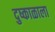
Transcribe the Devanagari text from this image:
दुष्काळाला